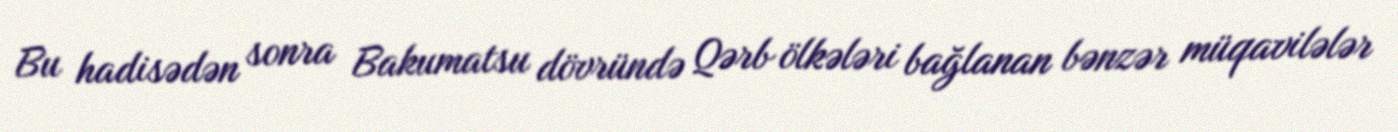
Bu hadisədən sonra Bakumatsu dövründə Qərb ölkələri bağlanan bənzər müqavilələr